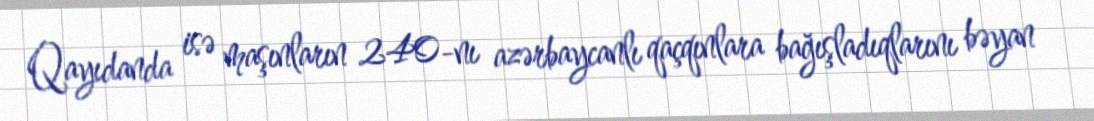
Qayıdanda isə maşınların 240-nı azərbaycanlı qaçqınlara bağışladıqlarını bəyan